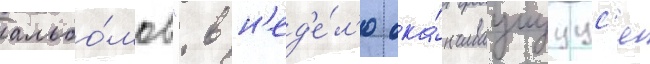
альбо́мов". в н'ед'е́л'ю ока́нчиваущуус'я